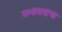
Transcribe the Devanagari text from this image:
सभासदाचा